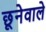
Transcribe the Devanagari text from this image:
छूनेवाले